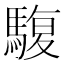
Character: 䮡